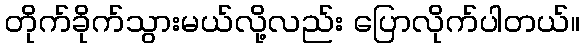
တိုက်ခိုက်သွားမယ်လို့လည်း ပြောလိုက်ပါတယ်။